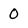
Character: 0